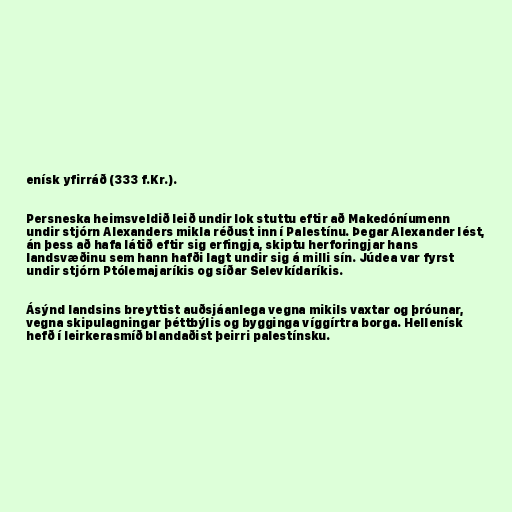
enísk yfirráð (333 f.Kr.).

Persneska heimsveldið leið undir lok stuttu eftir að Makedóníumenn
undir stjórn Alexanders mikla réðust inn í Palestínu. Þegar Alexander lést,
án þess að hafa látið eftir sig erfingja, skiptu herforingjar hans
landsvæðinu sem hann hafði lagt undir sig á milli sín. Júdea var fyrst
undir stjórn Ptólemajaríkis og síðar Selevkídaríkis.

Ásýnd landsins breyttist auðsjáanlega vegna mikils vaxtar og þróunar,
vegna skipulagningar þéttbýlis og bygginga víggírtra borga. Hellenísk
hefð í leirkerasmíð blandaðist þeirri palestínsku.